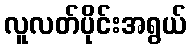
လူလတ်ပိုင်းအရွယ်